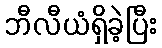
ဘီလီယံရှိခဲ့ပြီး